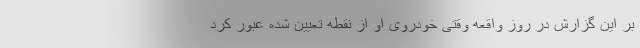
بر این گزارش در روز واقعه وقتی خودروی او از نقطه تعیین شده عبور کرد